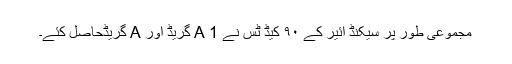
مجموعی طور پر سیکنڈ ائیر کے ۹۰ کیڈ ٹس نے A 1 گریڈ اور A گریڈحاصل کئے۔